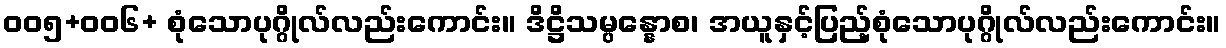
ဝဝ၅+ဝဝ၆+ စုံသောပုဂ္ဂိုလ်လည်းကောင်း။ ဒိဋ္ဌိသမ္ပန္နောစ၊ အယူနှင့်ပြည့်စုံသောပုဂ္ဂိုလ်လည်းကောင်း။